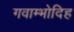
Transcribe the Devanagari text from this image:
गवाम्भोदिह